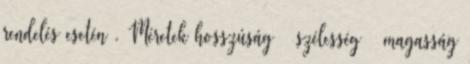
rendelés esetén . Méretek hosszúság × szélesség × magasság